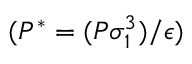
( P ^ { * } = ( P \sigma _ { 1 } ^ { 3 } ) / \epsilon )